Scottish Certificate of Education, 1962
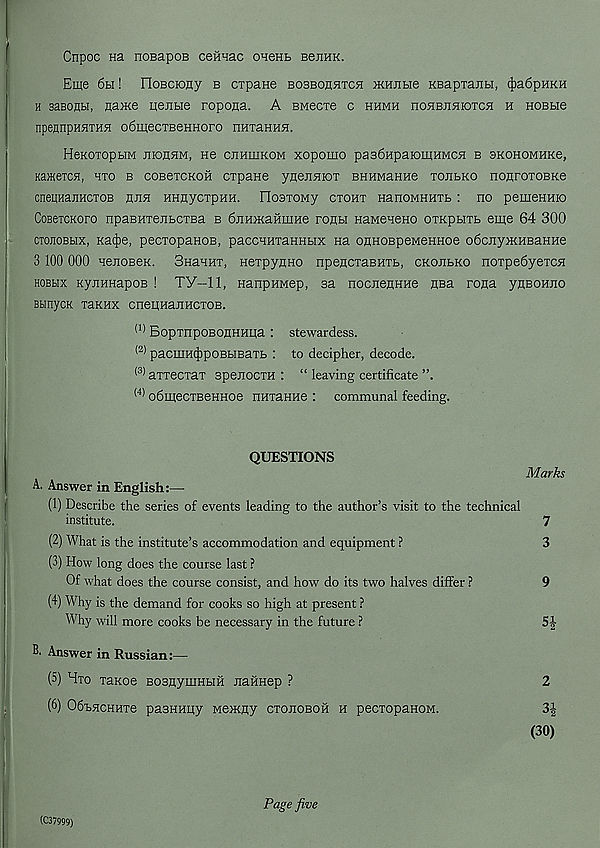
Cnpoc na noeapoB ceHHac oneHt BenHK.
Eme 6h ! IloBCiony b crpaHe bobbohhtch >KHJibie KBapTaiibi, (|)a6pHKH
h saBOflbi, j];a>Ke nejibie ropofla. A BMecre c hhmh hohbjihiotch h HOBbie
npennpHHTHH odmecTBennoro HHTaHHH.
HeKOTOpbIM JHOHHM, H6 CJIHUIKOM XOpOIHO pa36HpaK)mHMCH B SKOHOMHKe,
Ka>KeTCH, HTO B COBeTCKOH CTpaH6 yfleJIHIOT BHHMaHHe TOHbKO nonrOTOBKe
cnequajiHCTOB hjih HHflycTpHH. HoaTOMy ctoht nanoMHHTb : no pemeHHio
CoBeiCKoro npaBHTejibCTBa b 6jiH>KaHmHe roflbi HaMeneHO ompbiTb eme 64 300
CTOJioBbix, Kat|)e, pecTopanoB, paccHHxaHHbix na OHHOBpeMeHHoe o6cjiymHBaHHe
3 100 000 HejioBeK. SnaHHT, nexpyflHO npencxaBHXb, CKonbKO noxpe6yexcn
hobhx KynHHapoB ! TY—11, nanpHMep, sa nocnennHe nsa rona ynBOHjio
BtinycK xaKHX cnepHanncxoB.
(1) BopxnpoBonHHpa : stewardess.
(2) pacmH^poBbiBaxb : to decipher, decode.
(s) axxeoxax spenocxH : “ leaving certificate ”.
(4) o6mecxBeHHoe nHxanne : communal feeding.
QUESTIONS
A. Answer in English
(1) Describe the series of events leading to the author’s visit to the technical
institute.
(2) What is the institute’s accommodation and equipment ?
(3) How long does the course last ?
Of what does the course consist, and how do its two halves differ ?
Marks
7
3
9
(4) Why is the demand for cooks so high at present ?
Why will more cooks be necessary in the future ?
54
Answer in Russian:—
(5) Hxo xanoe BosnyniHbiH naHHep ?
(6) 06-bHCHHxe pasHHity MejKfly cxojioboh h pecxopanoM.
2
(30)
(C37999)
Page five